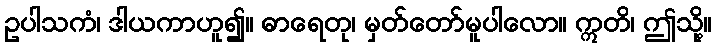
ဥပါသကံ၊ ဒါယကာဟူ၍။ ဓာရေတု၊ မှတ်တော်မူပါလော။ ဣတိ၊ ဤသို့။